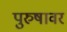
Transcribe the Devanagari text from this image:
पुरुषावर